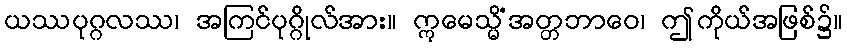
ယဿပုဂ္ဂလဿ၊ အကြင်ပုဂ္ဂိုလ်အား။ ဣမေသ္မိံအတ္တဘာဝေ၊ ဤကိုယ်အဖြစ်၌။